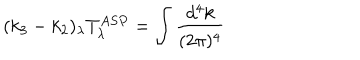
( k _ { 3 } - k _ { 2 } ) _ { \lambda } T _ { \lambda } ^ { A S P } = \int \frac { d ^ { 4 } k } { ( 2 \pi ) ^ { 4 } }